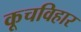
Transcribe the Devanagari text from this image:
कूचविहार